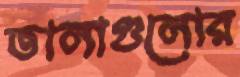
তালাগুলোর